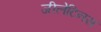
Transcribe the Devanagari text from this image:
जीलेटिनस